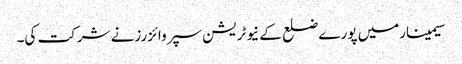
سیمینارمیں پورے ضلع کے نیوٹریشن سپروائزرزنے شرکت کی۔